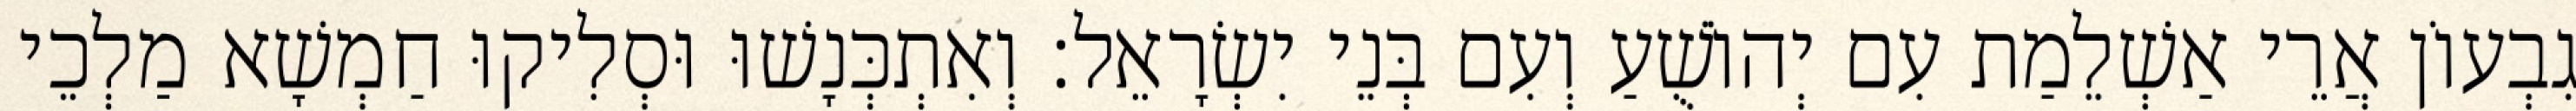
גִבְעוֹן אֲרֵי אַשְׁלֵמַת עִם יְהוֹשֻׁעַ וְעִם בְּנֵי יִשְׂרָאֵל׃ וְאִתְכְּנָשׁוּ וּסְלִיקוּ חַמְשָׁא מַלְכֵי